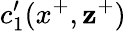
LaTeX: c_{1}^{\prime}(x^{+},\mathbf{z}^{+})